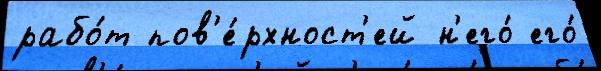
рабо́т пов'е́рхност'ей н'его́ его́